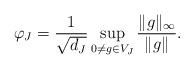
LaTeX: \begin{align*} \varphi_J=\frac{1}{\sqrt{d_J}}\sup_{0\neq g\in V_J}\frac{\Vert g\Vert_\infty}{\Vert g\Vert}.\end{align*}